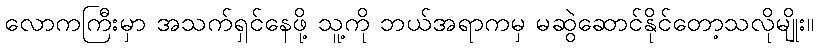
လောကကြီးမှာ အသက်ရှင်နေဖို့ သူ့ကို ဘယ်အရာကမှ မဆွဲဆောင်နိုင်တော့သလိုမျိုး။